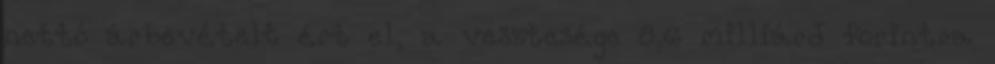
nettó árbevételt ért el, a vesztesége 8,6 milliárd forintra